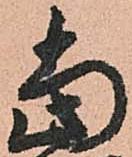
當